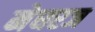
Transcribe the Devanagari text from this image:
मेघरज